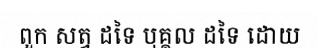
ពួក សត្វ ដទៃ បុគ្គល ដទៃ ដោយ